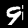
Label: 9